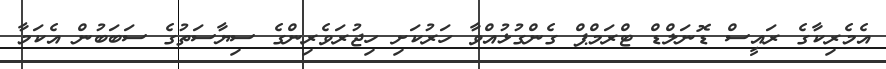
އެެމެރިކާގެ ރައީސް ޑޮނަލްޑް ޓްރަމްޕް ގެންގުޅުއްވާ ހަރުކަށި ހިޖުރަވެރިންގެ ސިޔާސަތުގެ ސަބަބުން އެކަމާ